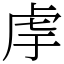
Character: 䖉